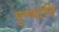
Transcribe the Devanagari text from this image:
पुण्यानि